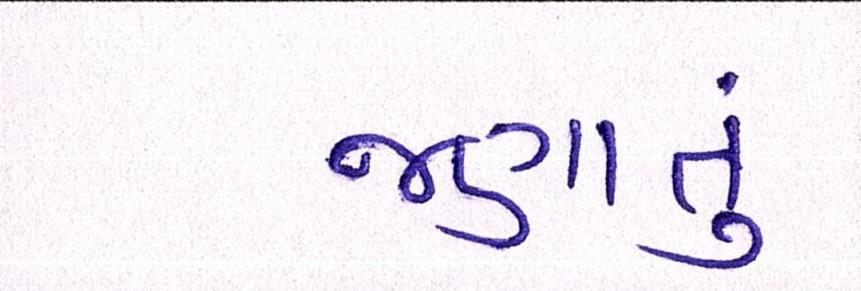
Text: જણાતું